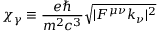
\chi _ { \gamma } \equiv \frac { e \hbar } { m ^ { 2 } c ^ { 3 } } \sqrt { | F ^ { \mu \nu } k _ { \nu } | ^ { 2 } }